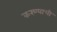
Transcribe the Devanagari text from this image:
करण्याची